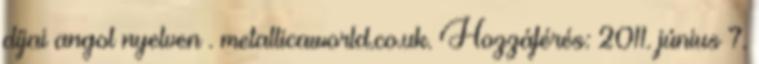
díjai angol nyelven . metallicaworld.co.uk. Hozzáférés: 2011. június 7.